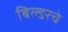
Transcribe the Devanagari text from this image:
बिल्डरचे